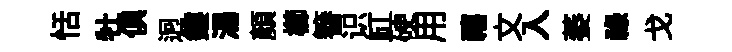
恬牡俱迥鏤湯顏櫛簮识缸硬用禧文入萎祿戈